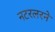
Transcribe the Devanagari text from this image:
नटरलरने